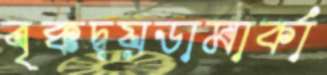
বৃক্কদ্বয়ডামার্কা